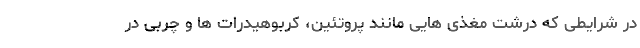
در شرایطی که درشت مغذی هایی مانند پروتئین، کربوهیدرات ها و چربی در